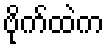
ဗိုက်ထဲက